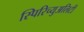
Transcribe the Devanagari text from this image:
स्पिरिच्युअलिटी